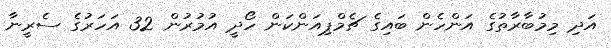
އަދި މިމުބާރާތުގެ އަންހެން ބައިގެ ޗެމްޕިއަންކަން ހޯދީ އުމުރުން 32 އަހަރުގެ ސެރީނާ